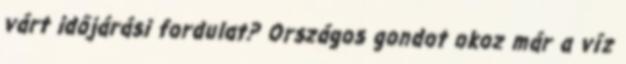
várt időjárási fordulat? Országos gondot okoz már a víz